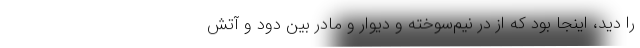
را دید، اینجا بود که از در نیم‌سوخته و دیوار و مادر بین دود و آتش